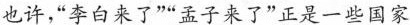
也许，“李白来了”“孟子来了”正是一些国家